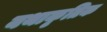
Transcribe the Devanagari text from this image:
यथाकृतिक